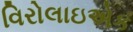
વિરોલાઇએક